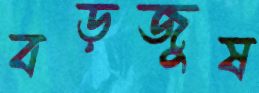
বড়জুষ